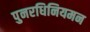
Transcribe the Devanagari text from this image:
पुनरधिनियमन